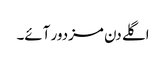
اگلے دن مزدور آئے۔